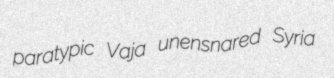
paratypic Vaja unensnared Syria